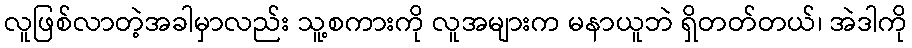
လူဖြစ်လာတဲ့အခါမှာလည်း သူ့စကားကို လူအများက မနာယူဘဲ ရှိတတ်တယ်၊ အဲဒါကို